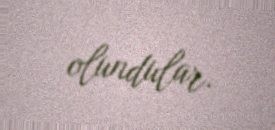
olundular.